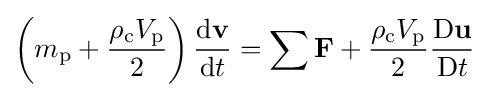
\left(m_{\mathrm {p} }+{\frac {\rho _{\mathrm {c} }V_{\mathrm {p} }}{2}}\right){\frac {\mathrm {d} \mathbf {v} }{\mathrm {d} t}}=\sum \mathbf {F} +{\frac {\rho _{\mathrm {c} }V_{\mathrm {p} }}{2}}{\frac {\mathrm {D} \mathbf {u} }{\mathrm {D} t}}